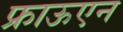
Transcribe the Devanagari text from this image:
फ्राऊएन